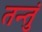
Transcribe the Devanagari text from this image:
तन्तुं